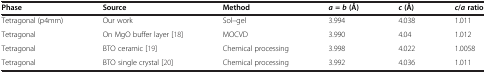
| Phase | Source | Method | a = b (Å) | c (Å) | c/a ratio |
 | --- | --- | --- | --- | --- | --- |
 | Tetragonal (p4mm) | Our work | Sol–gel | 3.994 | 4.038 | 1.011 |
 | Tetragonal | On MgO buffer layer[18] | MOCVD | 3.990 | 4.04 | 1.012 |
 | Tetragonal | BTO ceramic[19] | Chemical processing | 3.998 | 4.022 | 1.0058 |
 | Tetragonal | BTO single crystal[20] | Chemical processing | 3.992 | 4.036 | 1.011 |